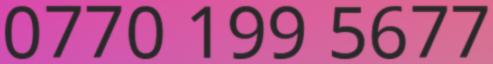
0770 199 5677